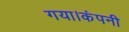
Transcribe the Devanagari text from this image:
गया।कंपनी